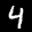
Label: 4